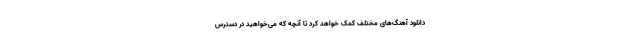
دانلود آهنگ‌های مختلف کمک خواهد کرد تا آنچه‌ که می‌خواهید در دسترس